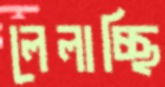
লেলাচ্ছি